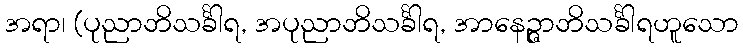
အရာ၊ (ပုညာဘိသင်္ခါရ, အပုညာဘိသင်္ခါရ, အာနေဉ္ဇာဘိသင်္ခါရဟူသော